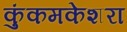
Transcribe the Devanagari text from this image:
कुंकमकेशरा